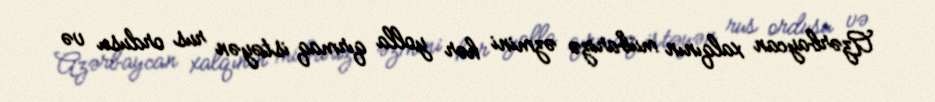
Azərbaycan xalqının mübarizə əzmini hər yolla qırmaq istəyən rus ordusu və